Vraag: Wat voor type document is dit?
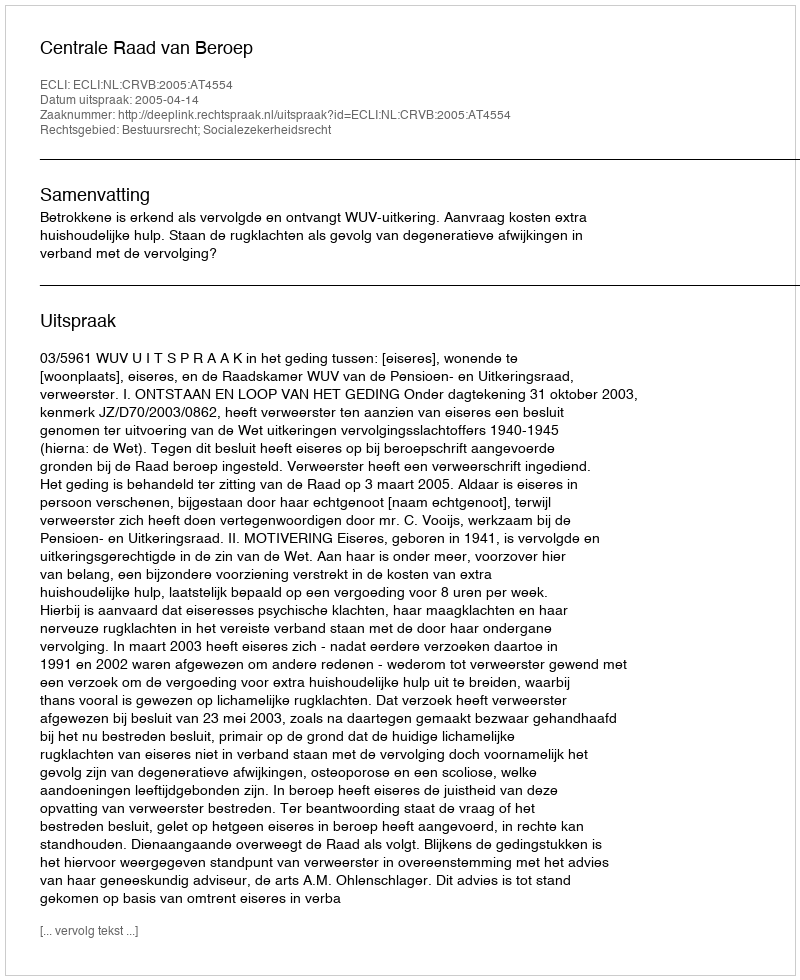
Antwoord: Uitspraak